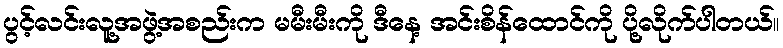
ပွင့်လင်းလူ့အဖွဲ့အစည်းက မမီးမီးကို ဒီနေ့ အင်းစိန်ထောင်ကို ပို့လိုက်ပါတယ်။